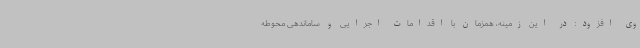
وی افزود: در این زمینه، همزمان با اقدامات اجرایی و ساماندهی محوطه